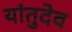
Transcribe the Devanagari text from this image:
यांतुदेव